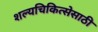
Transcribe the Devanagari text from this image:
शल्यचिकित्सेसाठी